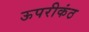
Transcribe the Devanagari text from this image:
ऊपरीकंठ